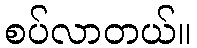
စပ်လာတယ်။